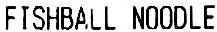
FISHBALL NOODLE